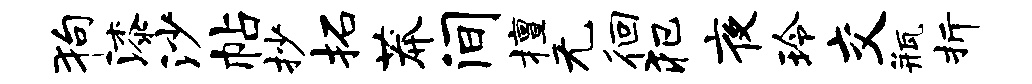
狗漆沙帖抄拓莽间擅无徊犯夜玲交瓶折